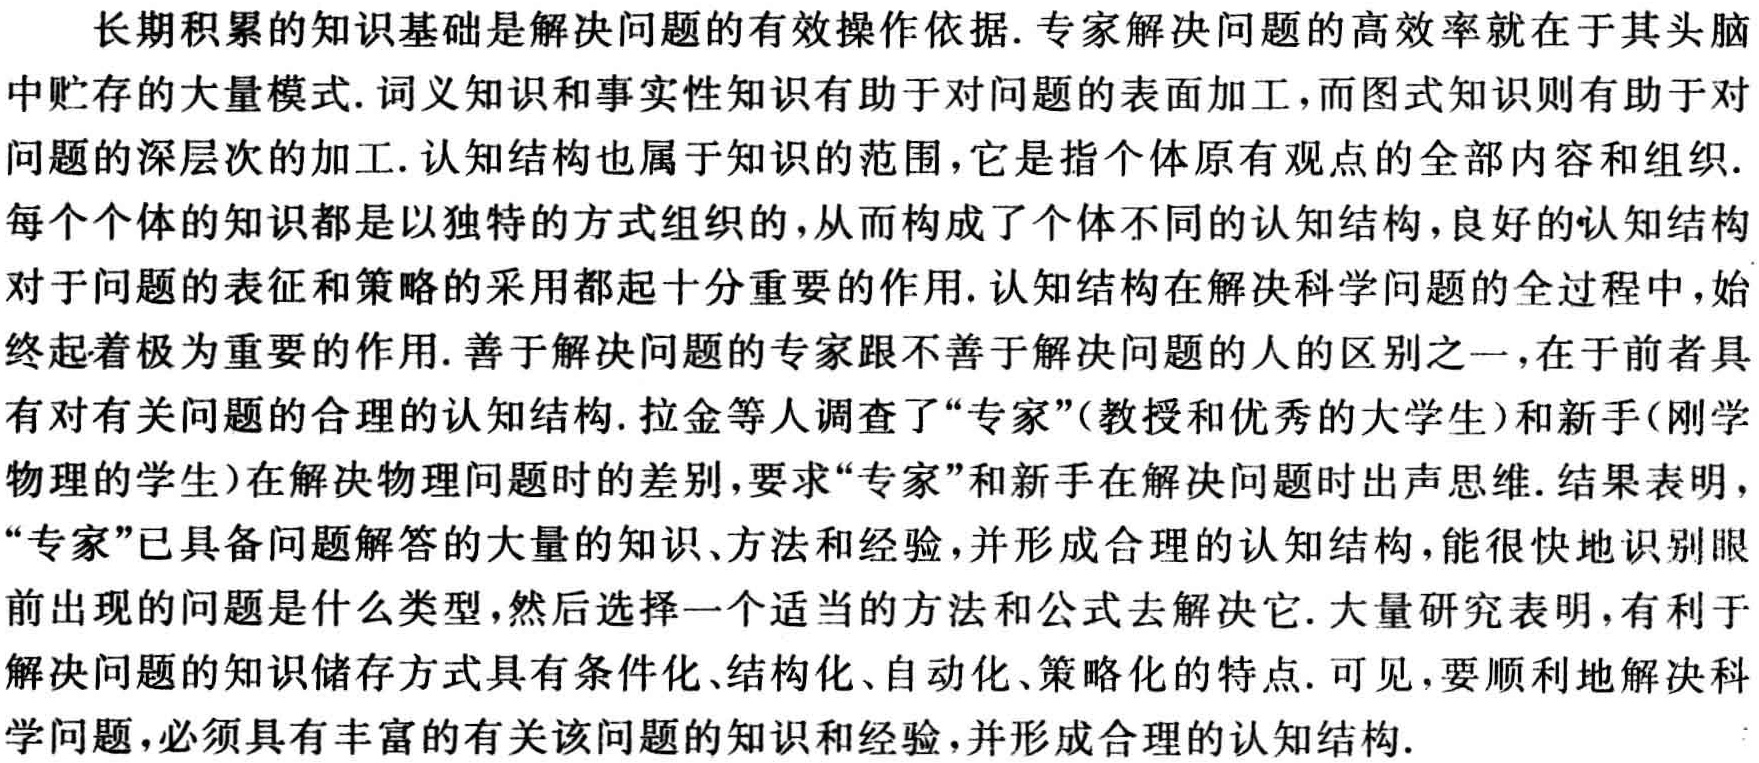
长期积累的知识基础是解决问题的有效操作依据.专家解决问题的高效率就在于其头脑中贮存的大量模式.词义知识和事实性知识有助于对问题的表面加工,而图式知识则有助于对问题的深层次的加工.认知结构也属于知识的范围,它是指个体原有观点的全部内容和组织.每个个体的知识都是以独特的方式组织的,从而构成了个体不同的认知结构,良好的认知结构对于问题的表征和策略的采用都起十分重要的作用.认知结构在解决科学问题的全过程中,始终起着极为重要的作用.善于解决问题的专家跟不善于解决问题的人的区别之一,在于前者具有对有关问题的合理的认知结构.拉金等人调查了“专家”(教授和优秀的大学生)和新手(刚学物理的学生)在解决物理问题时的差别,要求“专家”和新手在解决问题时出声思维.结果表明,“专家”已具备问题解答的大量的知识、方法和经验,并形成合理的认知结构,能很快地识别眼前出现的问题是什么类型,然后选择一个适当的方法和公式去解决它.大量研究表明,有利于解决问题的知识储存方式具有条件化、结构化、自动化、策略化的特点.可见,要顺利地解决科学问题,必须具有丰富的有关该问题的知识和经验,并形成合理的认知结构.